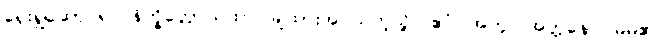
ရှေးရှုဆောင်၍။ နိက္ခိတ္တောယထာ၊ ချထားအပ်သကဲ့သို့။ ဧဝံ၊ အတူ။ အတ္တနော၊ မိမိ၏။